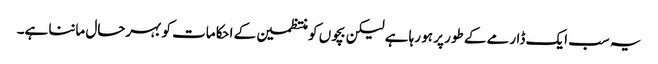
یہ سب ایک ڈارمے کے طور پر ہو رہا ہے لیکن بچوں کو منتظمین کے احکامات کو بہرحال ماننا ہے۔